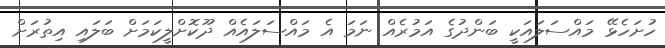
ހުށަހެޅޭ މައްސަލައަކީ ބަންދުގެ އަމުރެއް ނަމަ އެ މައްސަލައެއް ދޫކޮށްލީކަމަށް ބަލައި އިތުރަށް